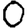
Digit: 0